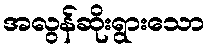
အလွန်ဆိုးရွားသော